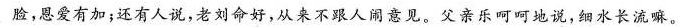
脸，恩爱有加；还有人说，老刘命好，从来不跟人闹意见，父亲乐呵呵地说，细水长流嘛。